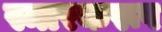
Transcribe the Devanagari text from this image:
स्मारकरूप